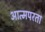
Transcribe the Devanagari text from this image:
आत्मपरता